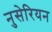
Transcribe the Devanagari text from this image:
नुसेरियन